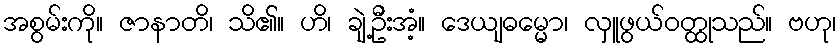
အစွမ်းကို။ ဇာနာတိ၊ သိ၏။ ဟိ၊ ချဲ့ဦးအံ့။ ဒေယျဓမ္မော၊ လှူဖွယ်ဝတ္ထုသည်။ ဗဟု၊